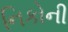
નિકોની